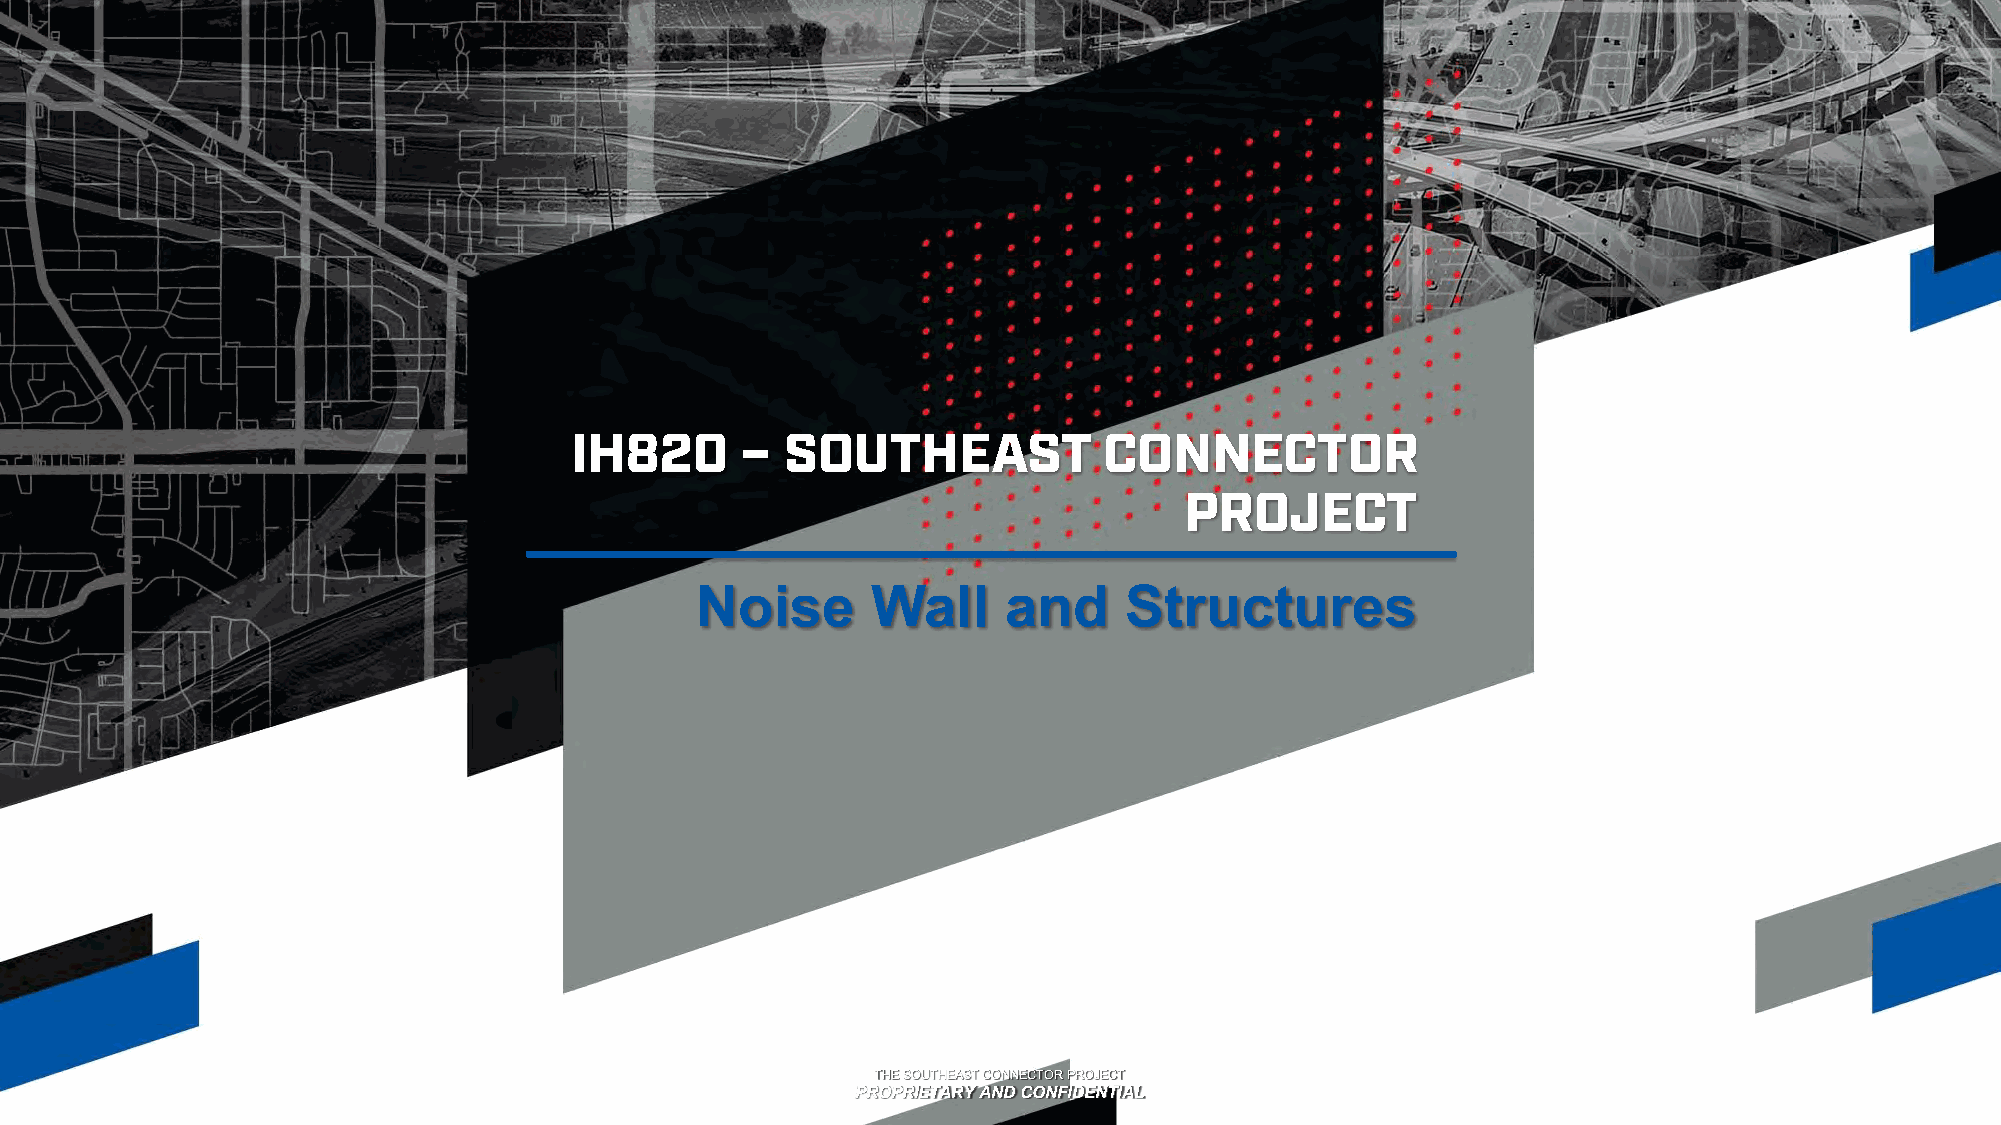
Noise       Wall    and     Structures
 TTTHHHEEE SSSOOOUUUTTTHHHEEEAAASSSTTT CCCOOONNNNNNEEECCCTTTOOORRR PPPRRROOOJJJEEECCCTTT
 PPPRRROOOPPPRRRIIIEEETTTAAARRRYYY AAANNNDDD CCCOOONNNFFFIIIDDDEEENNNTTTIIIAAALLL